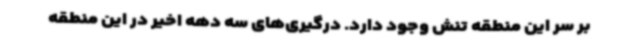
بر سر این منطقه تنش وجود دارد. درگیری‌های سه دهه اخیر در این منطقه